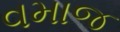
વમાજ